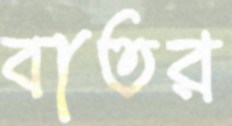
বাতর